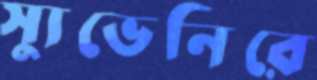
স্যুভেনিরে